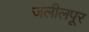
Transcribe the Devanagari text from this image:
जलीलपूर